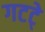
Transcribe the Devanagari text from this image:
गटटे्